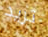
تريد